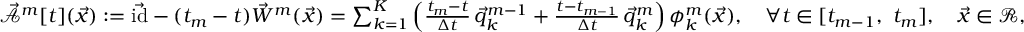
\begin{array} { r } { \mathcal { \vec { A } } ^ { m } [ t ] ( \vec { x } ) : = \vec { \mathrm { i d } } - ( t _ { m } - t ) \vec { W } ^ { m } ( \vec { x } ) = \sum _ { k = 1 } ^ { K } \left( \frac { t _ { m } - t } { \Delta t } \, \vec { q } _ { k } ^ { m - 1 } + \frac { t - t _ { m - 1 } } { \Delta t } \, \vec { q } _ { k } ^ { m } \right) \phi _ { k } ^ { m } ( \vec { x } ) , \quad \forall t \in [ t _ { m - 1 } , ~ t _ { m } ] , \quad \vec { x } \in \mathscr { R } , } \end{array}